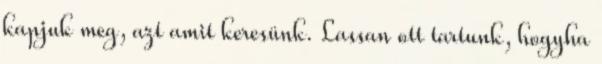
kapjuk meg, azt amit keresünk. Lassan ott tartunk, hogyha